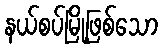
နယ်စပ်မြို့ဖြစ်သော